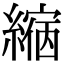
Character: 𦄲